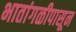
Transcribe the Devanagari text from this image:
भातांगळीपासून